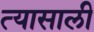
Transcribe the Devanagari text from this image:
त्‍यासाली